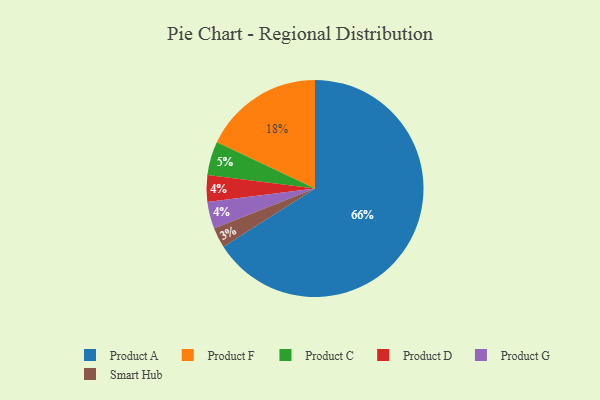
{"axis": {"x": "Category", "y": "Percentage"}, "legend": ["Product A", "Product C", "Product D", "Product F", "Product G", "Smart Hub"], "data": [{"x": "Product D", "y": 4, "type": "Product D"}, {"x": "Product C", "y": 5, "type": "Product C"}, {"x": "Product A", "y": 66, "type": "Product A"}, {"x": "Product F", "y": 18, "type": "Product F"}, {"x": "Product G", "y": 4, "type": "Product G"}, {"x": "Smart Hub", "y": 3, "type": "Smart Hub"}]}